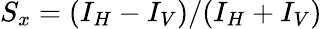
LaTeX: S_{x}=(I_{H}-I_{V})/(I_{H}+I_{V})